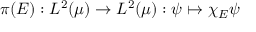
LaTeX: \pi ( E ) : L ^ { 2 } ( \mu ) \to L ^ { 2 } ( \mu ) : \psi \mapsto \chi _ { E } \psi